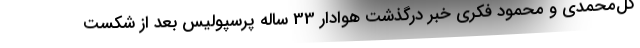
گل‌محمدی و محمود فکری خبر درگذشت هوادار 33 ساله پرسپولیس بعد از شکست